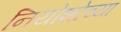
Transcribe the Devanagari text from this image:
नियोशोच्या